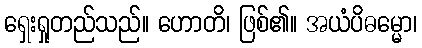
ရှေးရှုတည်သည်။ ဟောတိ၊ ဖြစ်၏။ အယံပိဓမ္မော၊